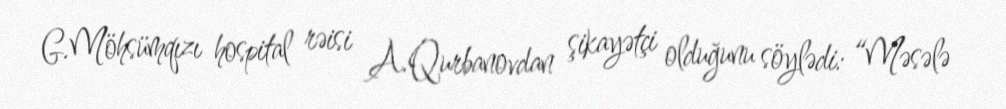
G.Möhsümqızı hospital rəisi A.Qurbanovdan şikayətçi olduğunu söylədi: “Məsələ